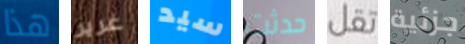
هذا غرير سيد حدثت تقل جزئية